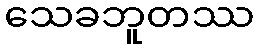
သေခဘူတဿ